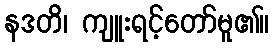
နဒတိ၊ ကျူးရင့်တော်မူ၏။